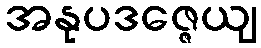
အနုပဒဇ္ဇေယျ